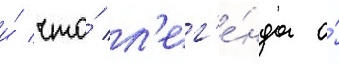
и́ что́ л'ег'е́нда о́